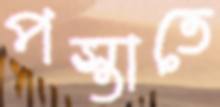
পস্তাতে